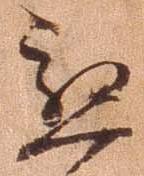
慇